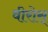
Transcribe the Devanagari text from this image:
वीरोस्